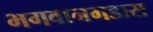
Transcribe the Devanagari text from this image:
भगवानगडास